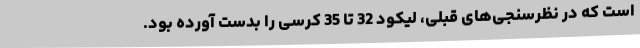
است که در نظرسنجی‌های قبلی، لیکود 32 تا 35 کرسی را بدست آورده بود.